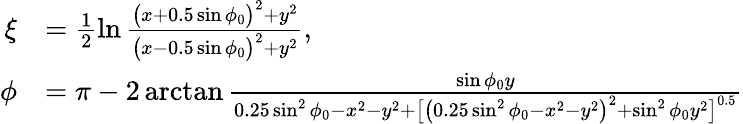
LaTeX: \begin{array}{rl}{\xi}&{=\frac{1}{2}\ln\frac{\bigl(x+0.5\sin\phi_{0}\bigr)^{2}+y^{2}}{\bigl(x-0.5\sin\phi_{0}\bigr)^{2}+y^{2}},}\\ {\phi}&{=\pi-2\arctan\frac{\sin\phi_{0}y}{0.25\sin^{2}\phi_{0}-x^{2}-y^{2}+\bigl[\bigl(0.25\sin^{2}\phi_{0}-x^{2}-y^{2}\bigr)^{2}+\sin^{2}\phi_{0}y^{2}\bigr]^{0.5}}}\end{array}